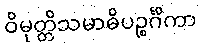
ဝိမုတ္တိသမာဓိပဉ္စင်္ဂိကာ